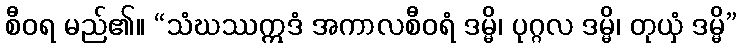
စီဝရ မည်၏။ “သံဃဿဣဒံ အကာလစီဝရံ ဒမ္မိ၊ ပုဂ္ဂလ ဒမ္မိ၊ တုယှံ ဒမ္မိ”